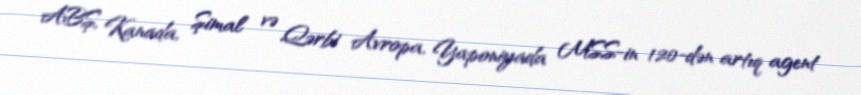
ABŞ, Kanada, Şimal və Qərbi Avropa, Yaponiyada MSS-in 120-dən artıq agent